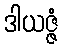
ဒါယဇ္ဇံ